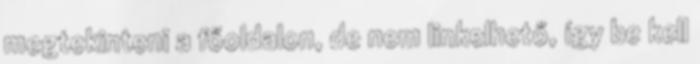
megtekinteni a főoldalon, de nem linkelhető, így be kell